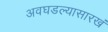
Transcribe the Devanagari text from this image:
अवघडल्यासारखं